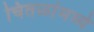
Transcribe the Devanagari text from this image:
चितळांमध्ये